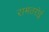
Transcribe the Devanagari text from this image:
रामतरोई